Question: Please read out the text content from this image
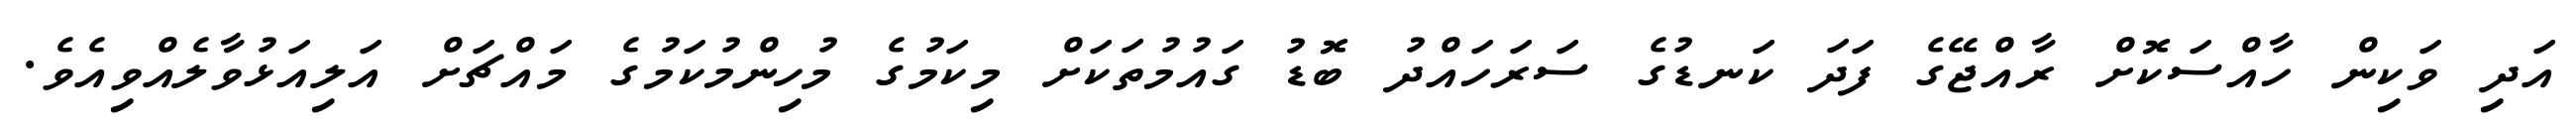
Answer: އަދި ވަކިން ހާއްސަކޮށް ރާއްޖޭގެ ފަދަ ކަނޑުގެ ސަރަހައްދު ބޮޑު ގައުމުތަކަށް މިކަމުގެ މުހިންމުކަމުގެ މައްޗަށް އަލިއަޅުވާލެއްވިއެވެ.